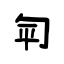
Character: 匉